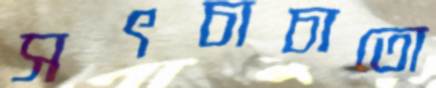
সৎচাচাতো